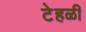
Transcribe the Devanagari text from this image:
टेहळी